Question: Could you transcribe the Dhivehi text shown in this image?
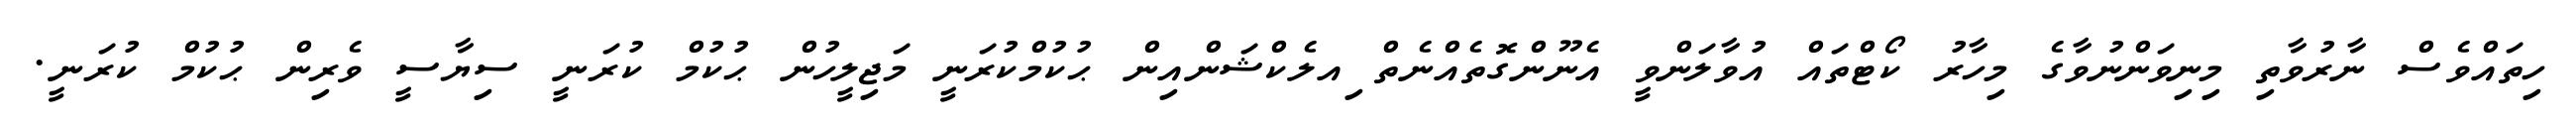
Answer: ހިތައްވެސް ނާރުވާތި މިނިވަންނުވާގެ މިހާރު ކޯޓްތައް އުވާލަންވީ އެނޫންގޮތެއްނެތް ިއލެކްޝަންއިން ޙުކުމްކުރަނީ މަޖިލީހުން ޙުކުމް ކުރަނީ ސިޔާސީ ވެރިން ޙުކުމް ކުރަނީ.